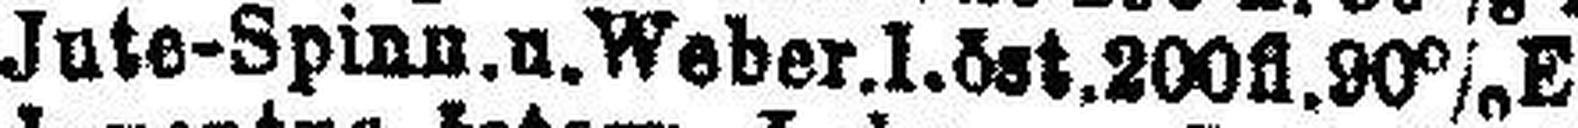
Jute-Spinn. u. Weber. I. öst. 200fl. 90% E.